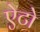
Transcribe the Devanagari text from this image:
ऐटो